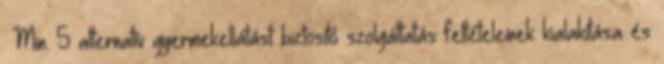
▪Min. 5 alternatív gyermekellátást biztosító szolgáltatás feltételeinek kialakítása és